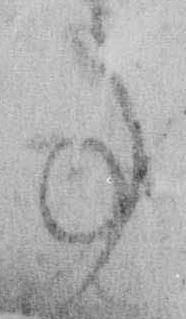
事